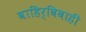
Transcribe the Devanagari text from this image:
वाहिर्विवाही